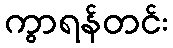
ကွာရန်တင်း